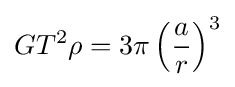
GT^{2}\rho =3\pi \left({\frac {a}{r}}\right)^{3}